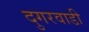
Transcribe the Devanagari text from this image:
दुगरवाडी